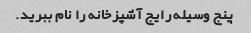
پنج وسیله رایج آشپزخانه را نام ببرید.